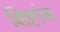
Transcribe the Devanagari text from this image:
शिष्टांत्र